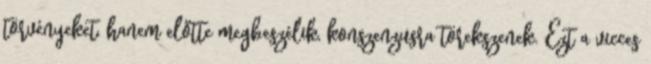
törvényeket, hanem előtte megbeszélik, konszenzusra törekszenek. Ezt a vicces